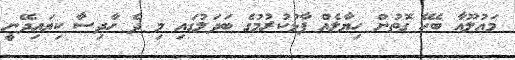
މައުލޫއާ ބެހޭ ގޮތުން ހިޔާލެއް ފާޅުކުރުމުގެ ބަދަލުގައި މި ދެ ހާދިސާ ކިޔައިދޭނީ